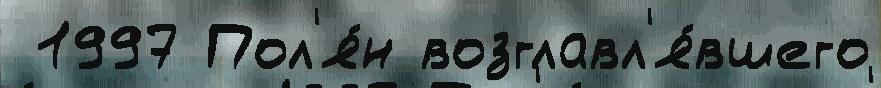
 1997 Пол'я́н возглавл'я́вшего